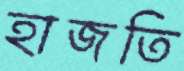
হাজতি